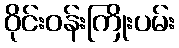
ဝိုင်းဝန်းကြိုးပမ်း